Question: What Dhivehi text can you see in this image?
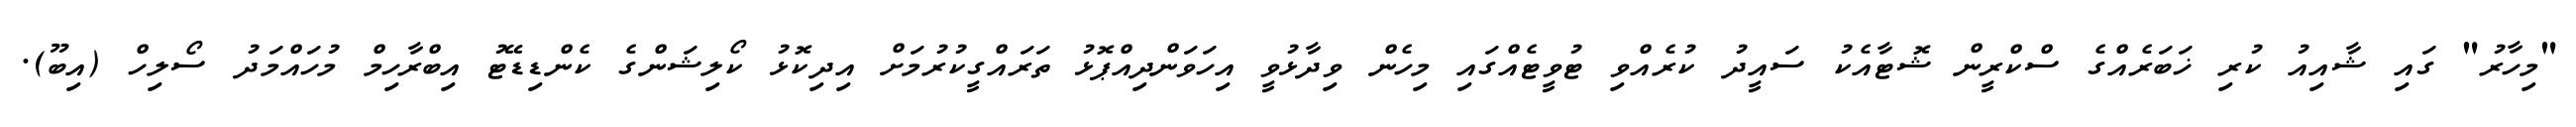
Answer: "މިހާރު" ގައި ޝާއިއު ކުރި ޚަބަރެއްގެ ސްކްރީން ޝޮޓާއެކު ސައީދު ކުރެއްވި ޓުވީޓެއްގައި މިހެން ވިދާޅުވީ އިހަވަންދިއްޕޮޅު ތަރައްގީކުރުމަށް އިދިކޮޅު ކޯލިޝަންގެ ކެންޑިޑޭޓު އިބްރާހިމް މުހައްމަދު ސޯލިހް (އިބޫ).